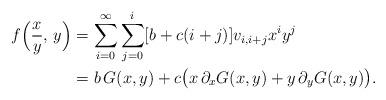
LaTeX: \begin{align*}f\Big(\frac xy,\,y\Big)&=\sum_{i=0}^{\infty} \sum_{j=0}^{i}[b+c(i+j)]v_{i, i+j} x^i y^j \\&= b\, G(x,y) + c \big( x\,\partial_x G(x,y) + y\,\partial_y G(x,y) \big).\end{align*}